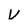
Character: v